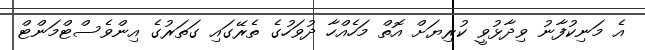
އެ މަނިކުފާނު ވިދާޅުވީ ކުރިޔަށް އޮތް މަހެއްހާ ދުވަހުގެ ތެރޭގައި ގަތަރުގެ އިންވެސްޓްމަންޓް